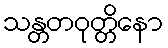
သန္တတဝုတ္တိနော